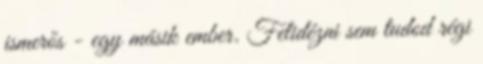
ismerős - egy másik ember. Felidézni sem tudod régi